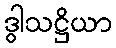
ဒွါသဋ္ဌိယာ